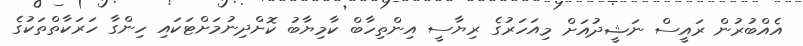
އެއްބުރުން ރައީސް ނަޝީދުއަށް މިއަހަރުގެ ރިޔާސީ އިންތިހާބް ކާމިޔާބު ކޮށްދިނުމަށްޓަކައި ހިންގާ ހަރަކާތްތަކުގެ